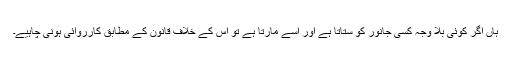
ہاں اگر کوئی بلا وجہ کسی جانور کو ستاتا ہے اور اسے مارتا ہے تو اس کے خلاف قانون کے مطابق کارروائی ہونی چاہیے۔